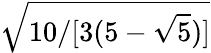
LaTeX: \sqrt{10/[3(5-{\sqrt{5}})]}